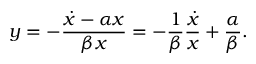
y = - \frac { \dot { x } - \alpha x } { \beta x } = - \frac { 1 } { \beta } \frac { \dot { x } } { x } + \frac { \alpha } { \beta } .